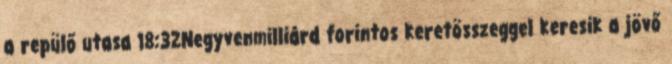
a repülő utasa 18:32Negyvenmilliárd forintos keretösszeggel keresik a jövő